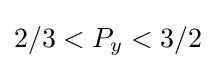
2/3<P_{y}<3/2